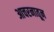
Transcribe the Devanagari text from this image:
आचरनातून